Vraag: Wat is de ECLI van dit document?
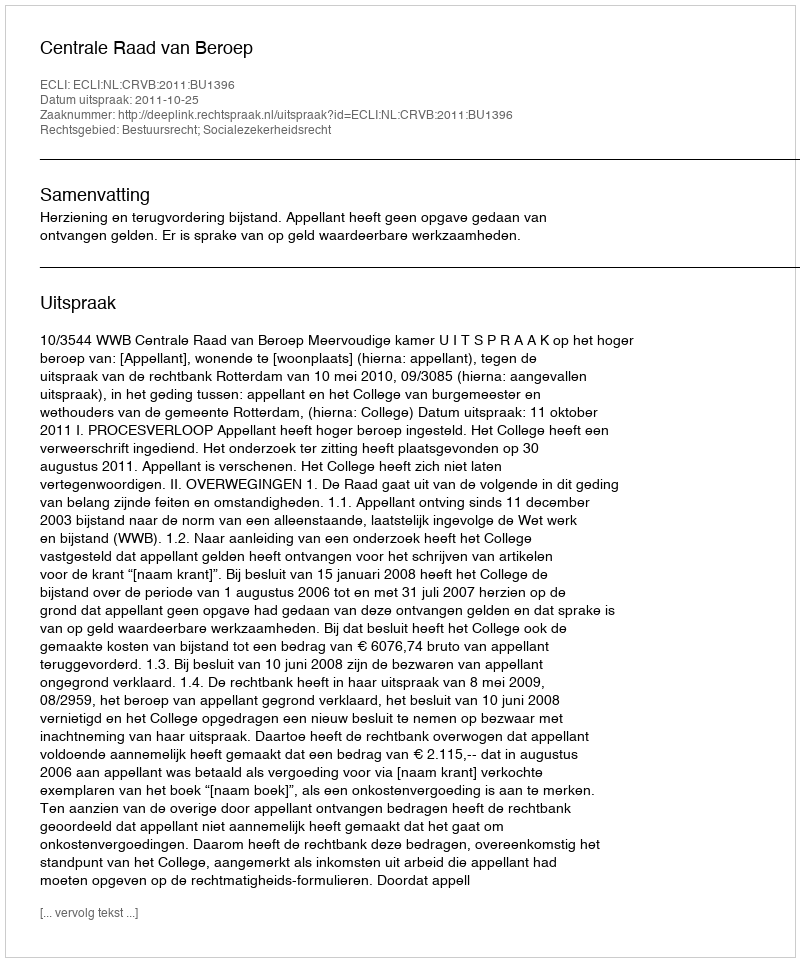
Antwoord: ECLI:NL:CRVB:2011:BU1396